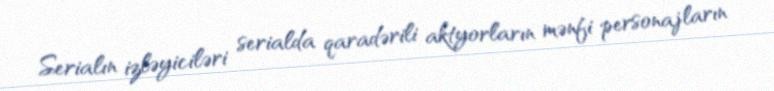
Serialın izləyiciləri serialda qaradərili aktyorların mənfi personajların